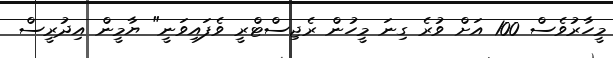
މީހާރުވެސް 100 އަށް ވުރެ ގިނަ މީހުން ރެޖިސްޓްރީ ވެފައިވަނީ" ޔާމީން އިދުރީސް